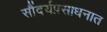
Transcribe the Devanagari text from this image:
सौंदर्यप्रसाधनात